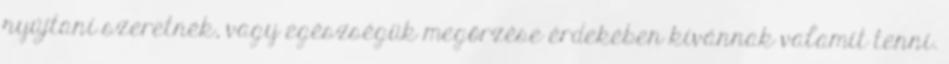
nyújtani szeretnék, vagy egészségük megőrzése érdekében kívánnak valamit tenni.